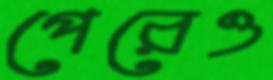
পেরেও